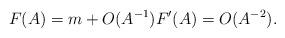
LaTeX: \begin{align*}F (A) = m + O (A^{- 1}) F' (A) = O (A^{- 2}).\end{align*}